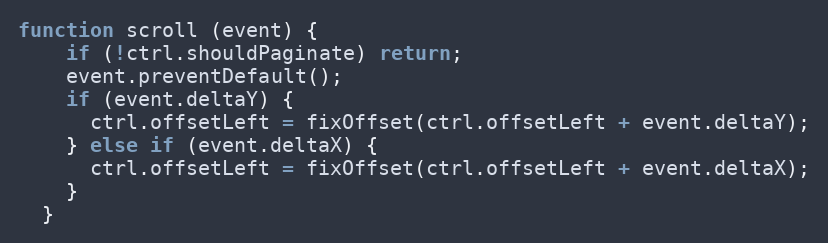
Language: JavaScript
function scroll (event) {
    if (!ctrl.shouldPaginate) return;
    event.preventDefault();
    if (event.deltaY) {
      ctrl.offsetLeft = fixOffset(ctrl.offsetLeft + event.deltaY);
    } else if (event.deltaX) {
      ctrl.offsetLeft = fixOffset(ctrl.offsetLeft + event.deltaX);
    }
  }